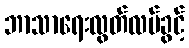
ဘာသာရေးလွတ်လပ်ခွင့်